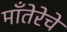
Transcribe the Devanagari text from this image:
माँतेरेचे